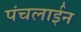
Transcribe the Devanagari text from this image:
पंचलाईन